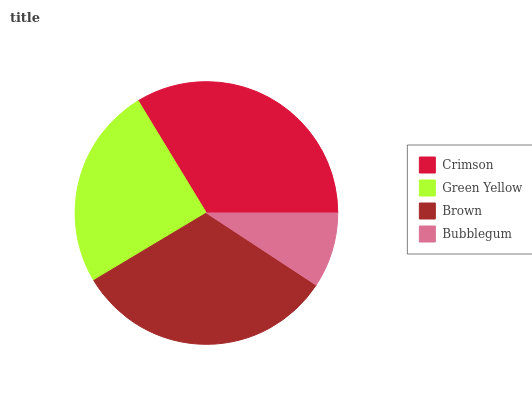
| Crimson | Green Yellow | Brown | Bubblegum |
 | --- | --- | --- | --- |
 | 33.8% | 24.8% | 32.2% | 9.25% |